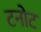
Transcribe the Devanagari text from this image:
टनोट